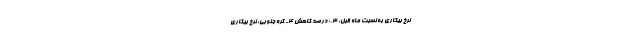
نرخ بیکاری به نسبت ماه قبل: ۰.۳ درصد کاهش ۴- کره جنوبی: نرخ بیکاری